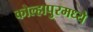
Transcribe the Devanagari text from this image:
कोल्हापुरमध्ये